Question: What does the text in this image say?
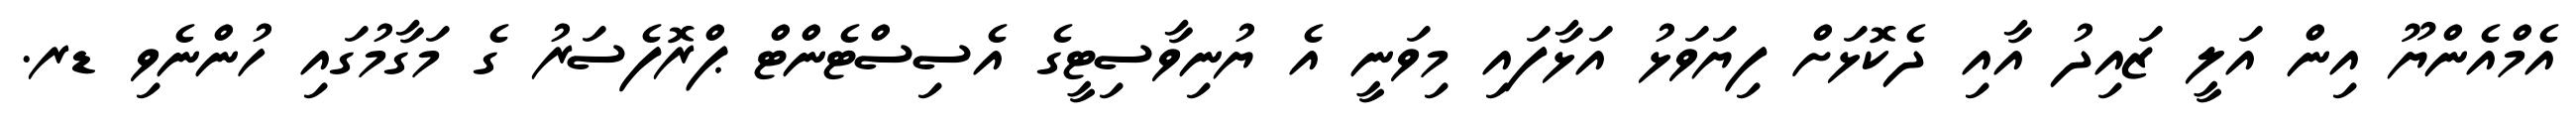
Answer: އެމްއެންޔޫ އިން އަލީ ޒައިދު އާއި ދެކޮޅަށް ފިޔަވަޅު އަޅާފައި މިވަނީ އެ ޔުނިވާސިޓީގެ އެސިސްޓެންޓް ޕްރޮފެސަރު ގެ މަގާމުގައި ހުންނެވި ޑރ.